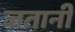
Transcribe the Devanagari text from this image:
जतानी